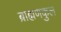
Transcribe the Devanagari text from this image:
ब्राह्मणकुल